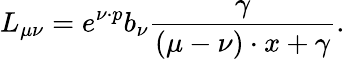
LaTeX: L_{\mu\nu}=e^{\nu\cdot p}b_{\nu}\frac{\gamma}{(\mu-\nu)\cdot x+\gamma}.